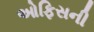
ઓફિસની